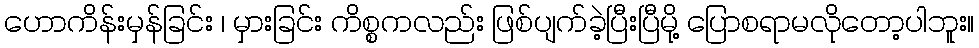
ဟောကိန်းမှန်ခြင်း ၊ မှားခြင်း ကိစ္စကလည်း ဖြစ်ပျက်ခဲ့ပြီးပြီမို့ ပြောစရာမလိုတော့ပါဘူး။